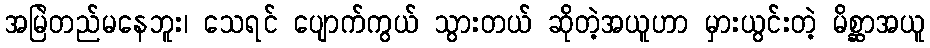
အမြဲတည်မနေဘူး၊ သေရင် ပျောက်ကွယ် သွားတယ် ဆိုတဲ့အယူဟာ မှားယွင်းတဲ့ မိစ္ဆာအယူ